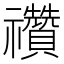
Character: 禶